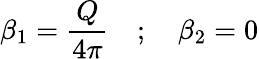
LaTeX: \beta_{1}=\frac{Q}{4\pi}\quad;\quad\beta_{2}=0